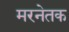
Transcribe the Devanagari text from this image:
मरनेतक